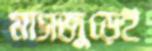
মাসজুড়েই